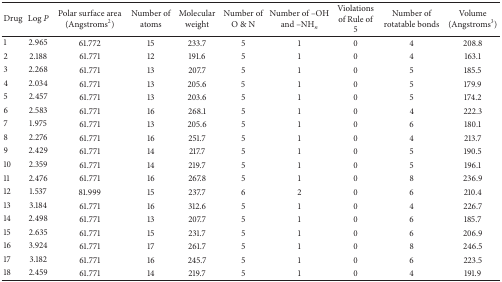
<table><thead><tr><td><b>Drug</b></td><td><b>Log <i>P </i></b></td><td><b>Polar surface area (Angstroms<sup>2</sup>)</b></td><td><b>Number of atoms</b></td><td><b>Molecular weight</b></td><td><b>Number of O &amp; N</b></td><td><b>Number of –OH and –NH<sub><i>n</i></sub></b></td><td><b>Violations of Rule of 5</b></td><td><b>Number of rotatable bonds</b></td><td><b>Volume (Angstroms<sup>3</sup>)</b></td></tr></thead><tbody><tr><td>1</td><td>2.965</td><td>61.772</td><td>15</td><td>233.7</td><td>5</td><td>1</td><td>0</td><td>4</td><td>208.8</td></tr><tr><td>2</td><td>2.188</td><td>61.771</td><td>12</td><td>191.6</td><td>5</td><td>1</td><td>0</td><td>4</td><td>163.1</td></tr><tr><td>3</td><td>2.268</td><td>61.771</td><td>13</td><td>207.7</td><td>5</td><td>1</td><td>0</td><td>5</td><td>185.5</td></tr><tr><td>4</td><td>2.034</td><td>61.771</td><td>13</td><td>205.6</td><td>5</td><td>1</td><td>0</td><td>5</td><td>179.9</td></tr><tr><td>5</td><td>2.457</td><td>61.771</td><td>13</td><td>203.6</td><td>5</td><td>1</td><td>0</td><td>5</td><td>174.2</td></tr><tr><td>6</td><td>2.583</td><td>61.771</td><td>16</td><td>268.1</td><td>5</td><td>1</td><td>0</td><td>4</td><td>222.3</td></tr><tr><td>7</td><td>1.975</td><td>61.771</td><td>13</td><td>205.6</td><td>5</td><td>1</td><td>0</td><td>6</td><td>180.1</td></tr><tr><td>8</td><td>2.276</td><td>61.771</td><td>16</td><td>251.7</td><td>5</td><td>1</td><td>0</td><td>4</td><td>213.7</td></tr><tr><td>9</td><td>2.429</td><td>61.771</td><td>14</td><td>217.7</td><td>5</td><td>1</td><td>0</td><td>5</td><td>190.5</td></tr><tr><td>10</td><td>2.359</td><td>61.771</td><td>14</td><td>219.7</td><td>5</td><td>1</td><td>0</td><td>5</td><td>196.1</td></tr><tr><td>11</td><td>2.476</td><td>61.771</td><td>16</td><td>267.8</td><td>5</td><td>1</td><td>0</td><td>8</td><td>236.9</td></tr><tr><td>12</td><td>1.537</td><td>81.999</td><td>15</td><td>237.7</td><td>6</td><td>2</td><td>0</td><td>6</td><td>210.4</td></tr><tr><td>13</td><td>3.184</td><td>61.771</td><td>16</td><td>312.6</td><td>5</td><td>1</td><td>0</td><td>4</td><td>226.7</td></tr><tr><td>14</td><td>2.498</td><td>61.771</td><td>13</td><td>207.7</td><td>5</td><td>1</td><td>0</td><td>6</td><td>185.7</td></tr><tr><td>15</td><td>2.635</td><td>61.771</td><td>15</td><td>231.7</td><td>5</td><td>1</td><td>0</td><td>6</td><td>206.9</td></tr><tr><td>16</td><td>3.924</td><td>61.771</td><td>17</td><td>261.7</td><td>5</td><td>1</td><td>0</td><td>8</td><td>246.5</td></tr><tr><td>17</td><td>3.182</td><td>61.771</td><td>16</td><td>245.7</td><td>5</td><td>1</td><td>0</td><td>6</td><td>223.5</td></tr><tr><td>18</td><td>2.459</td><td>61.771</td><td>14</td><td>219.7</td><td>5</td><td>1</td><td>0</td><td>4</td><td>191.9</td></tr></tbody></table>